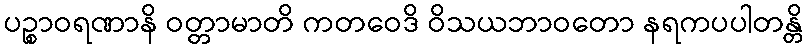
ပဉ္စာဝရဏာနိ ဝတ္တာမာတိ ကတဝေဒိ ဝိသယဘာဝတော နရကပပါတန္တိ